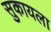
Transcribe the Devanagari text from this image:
सुकायला